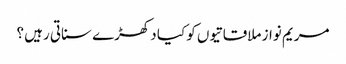
مریم نواز ملاقاتیوں کو کیا دکھڑے سناتی رہیں ؟